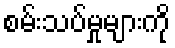
စမ်းသပ်မှုများကို